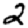
Digit: 2